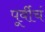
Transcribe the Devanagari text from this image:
पूर्वीचं